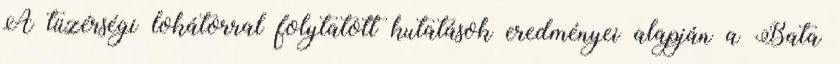
A tüzérségi lokátorral folytatott kutatások eredményei alapján a Bata